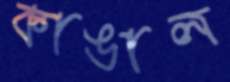
কাঙাল